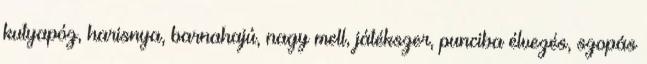
kutyapóz, harisnya, barnahajú, nagy mell, játékszer, punciba élvezés, szopás